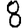
Digit: 8